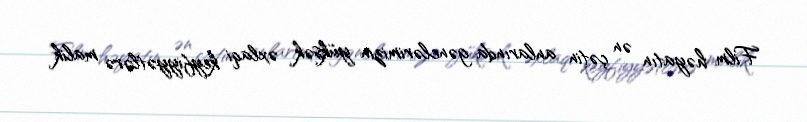
Film həyatın ən çətin anlarında gənclərimizin yüksək əxlaqi keyfiyyətlərə malik